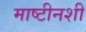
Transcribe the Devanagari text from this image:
माष्टीनशी